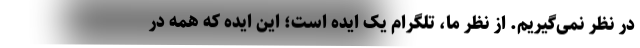
در نظر نمی‌گیریم. از نظر ما، تلگرام یک ایده است؛ این ایده که همه در